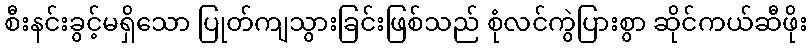
စီးနင်းခွင့်မရှိသော ပြုတ်ကျသွားခြင်းဖြစ်သည် စုံလင်ကွဲပြားစွာ ဆိုင်ကယ်ဆီဖိုး